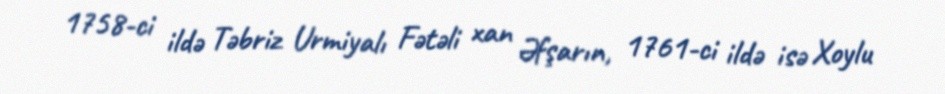
1758-ci ildə Təbriz Urmiyalı Fətəli xan Əfşarın, 1761-ci ildə isə Xoylu